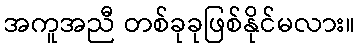
အကူအညီ တစ်ခုခုဖြစ်နိုင်မလား။